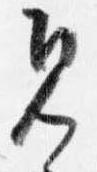
見